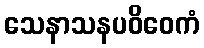
သေနာသနပဝိဝေကံ